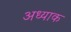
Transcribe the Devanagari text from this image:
अध्याक